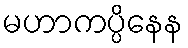
မဟာကပ္ပိနေန